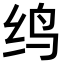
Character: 𬘞